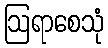
ဩရာစေသုံ